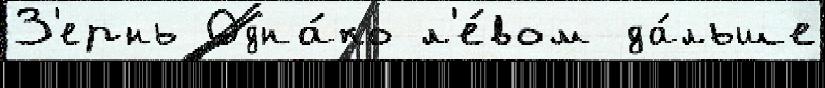
З'ернь Одна́ко л'е́вом да́льше